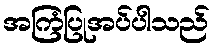
အကြံပြုအပ်ပါသည်